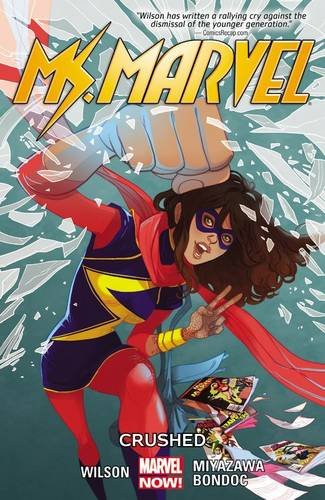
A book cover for Ms. Marvel Vol. 3: Crushed; G. Willow Wilson; Comics & Graphic Novels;